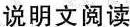
说明文阅读